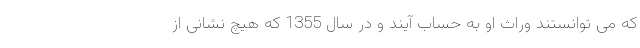
که می توانستند وراث او به حساب آیند و در سال 1355 که هیچ نشانی از